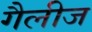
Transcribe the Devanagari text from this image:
गैलीज